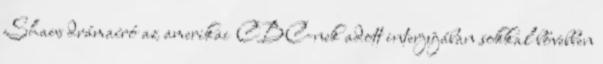
Shaw drámaíró az amerikai CBC-nek adott interjújában sokkal bővebben